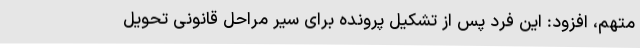
متهم، افزود: این فرد پس از تشکیل پرونده برای سیر مراحل قانونی تحویل